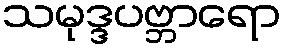
သမုဒ္ဒပဗ္ဘာရော